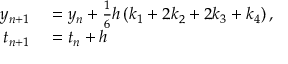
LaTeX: \begin{array} { r l } { y _ { n + 1 } } & { { } = y _ { n } + { \frac { 1 } { 6 } } h \left( k _ { 1 } + 2 k _ { 2 } + 2 k _ { 3 } + k _ { 4 } \right) , } \\ { t _ { n + 1 } } & { { } = t _ { n } + h } \end{array}